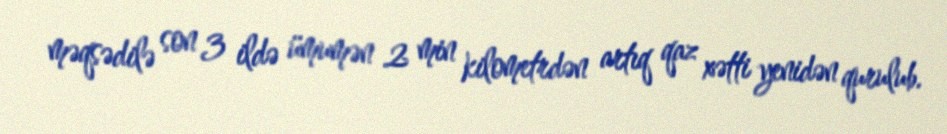
məqsədilə son 3 ildə ümumən 2 min kilometrdən artıq qaz xətti yenidən qurulub.